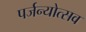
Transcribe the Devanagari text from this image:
पर्जन्योत्सव